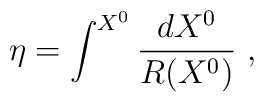
\eta = \int^{X^0} \frac{d X^0}{R(X^0)}~,